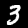
Digit: 3